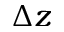
\Delta z